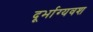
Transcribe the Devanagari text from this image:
दूर्भाग्यवश